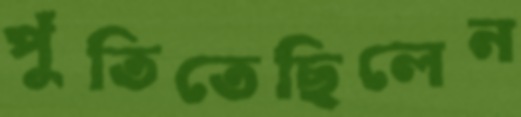
পুঁতিতেছিলেন